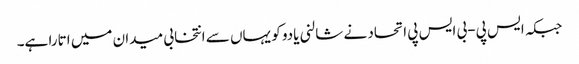
جبکہ ایس پی-بی ایس پی اتحاد نے شالنی یادو کو یہاں سے انتخابی میدان میں اتارا ہے۔